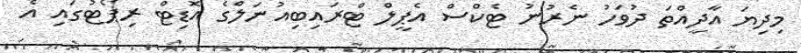
މިދިޔަ އާދީއްތަ ދުވަހު ނެރުނު ޓެކްސް އެޕީލް ޓްރައިބިއުނަލްގެ އޮޑިޓް ރިޕޯޓުގައި އެ